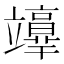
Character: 𥫉